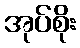
အုပ်စိုး